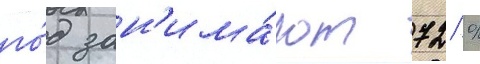
го́д зан'има́ют 72 %